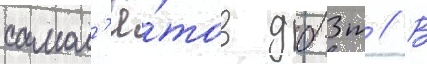
самол'ё́тов дб-3т // В